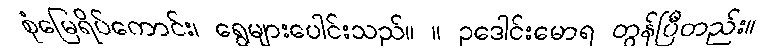
စုံမြေရိပ်ကောင်း၊ ရွေများပေါင်းသည်။ ။ ဥဒေါင်းမောရ တွန်ပြီတည်း။